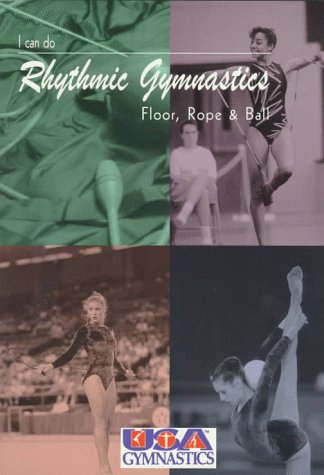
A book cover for I Can Do Rhythmic Gymnastics: Floor, Rope and Ball; Children's Books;